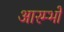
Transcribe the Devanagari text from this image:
आरम्भों